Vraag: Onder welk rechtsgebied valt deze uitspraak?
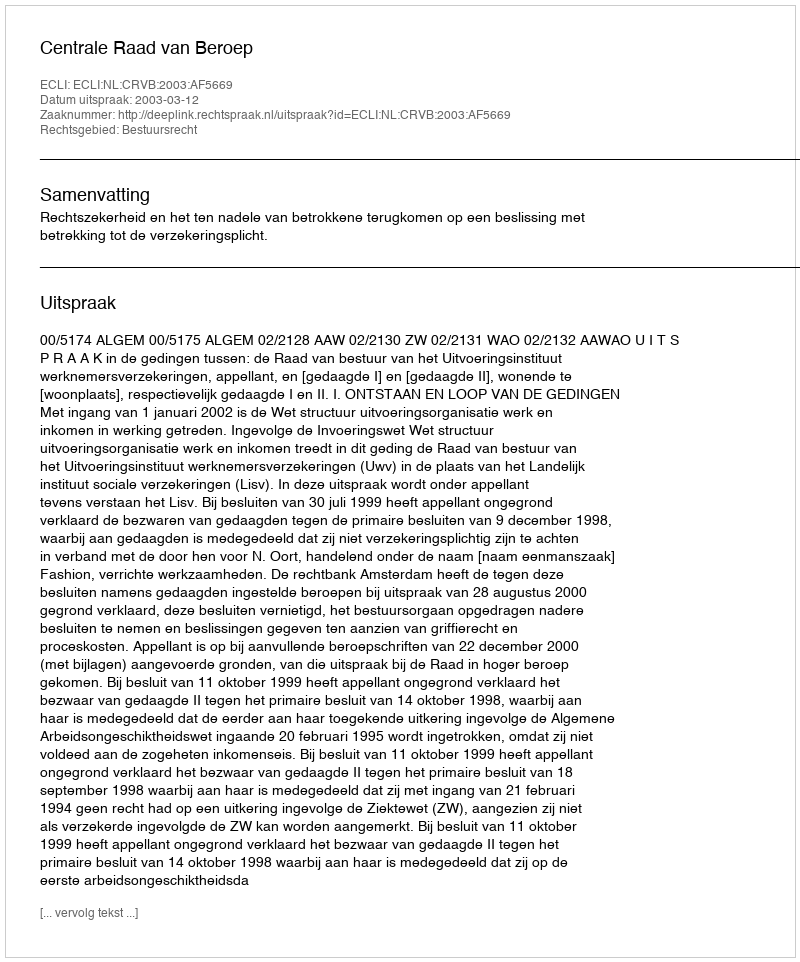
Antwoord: Bestuursrecht